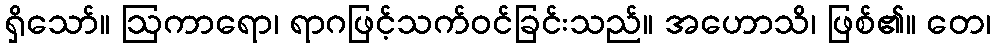
ရှိသော်။ ဩကာရော၊ ရာဂဖြင့်သက်ဝင်ခြင်းသည်။ အဟောသိ၊ ဖြစ်၏။ တေ၊